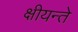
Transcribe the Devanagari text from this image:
क्षीयन्ते